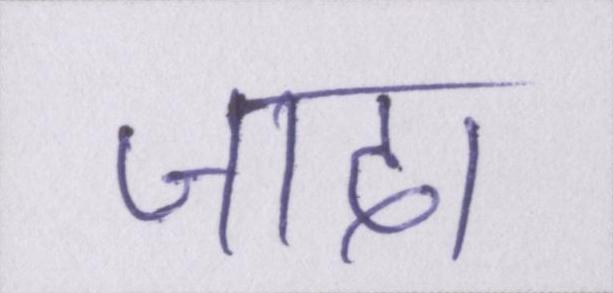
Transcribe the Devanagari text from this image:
जादा